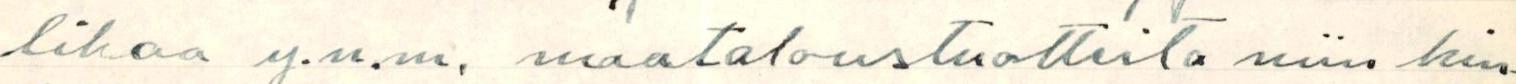
lihaa y.n.m. maataloustuotteita niin hin-